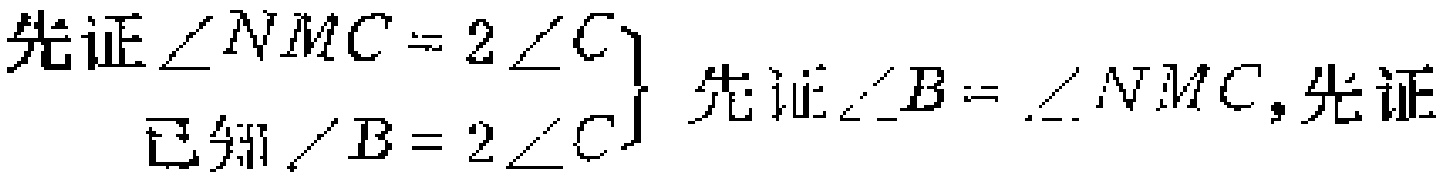
先证\(\angle NMC = 2\angle C\)\\

已知\(\angle B = 2\angle C\) 先证\(\angle B=\angle NMC\)，先证